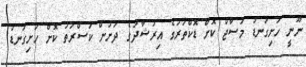
ނޫނީ ހަށިގަނޑު މަސާޖް ކޮށް ޑޮކްތަރުގެ އިރުޝާދުގެ ދަށުން ކަސްރަތު ކޮށް ހަށިގަނޑު